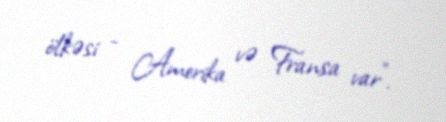
ölkəsi - Amerika və Fransa var”.